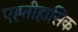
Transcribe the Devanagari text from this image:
एह्तीहासिक